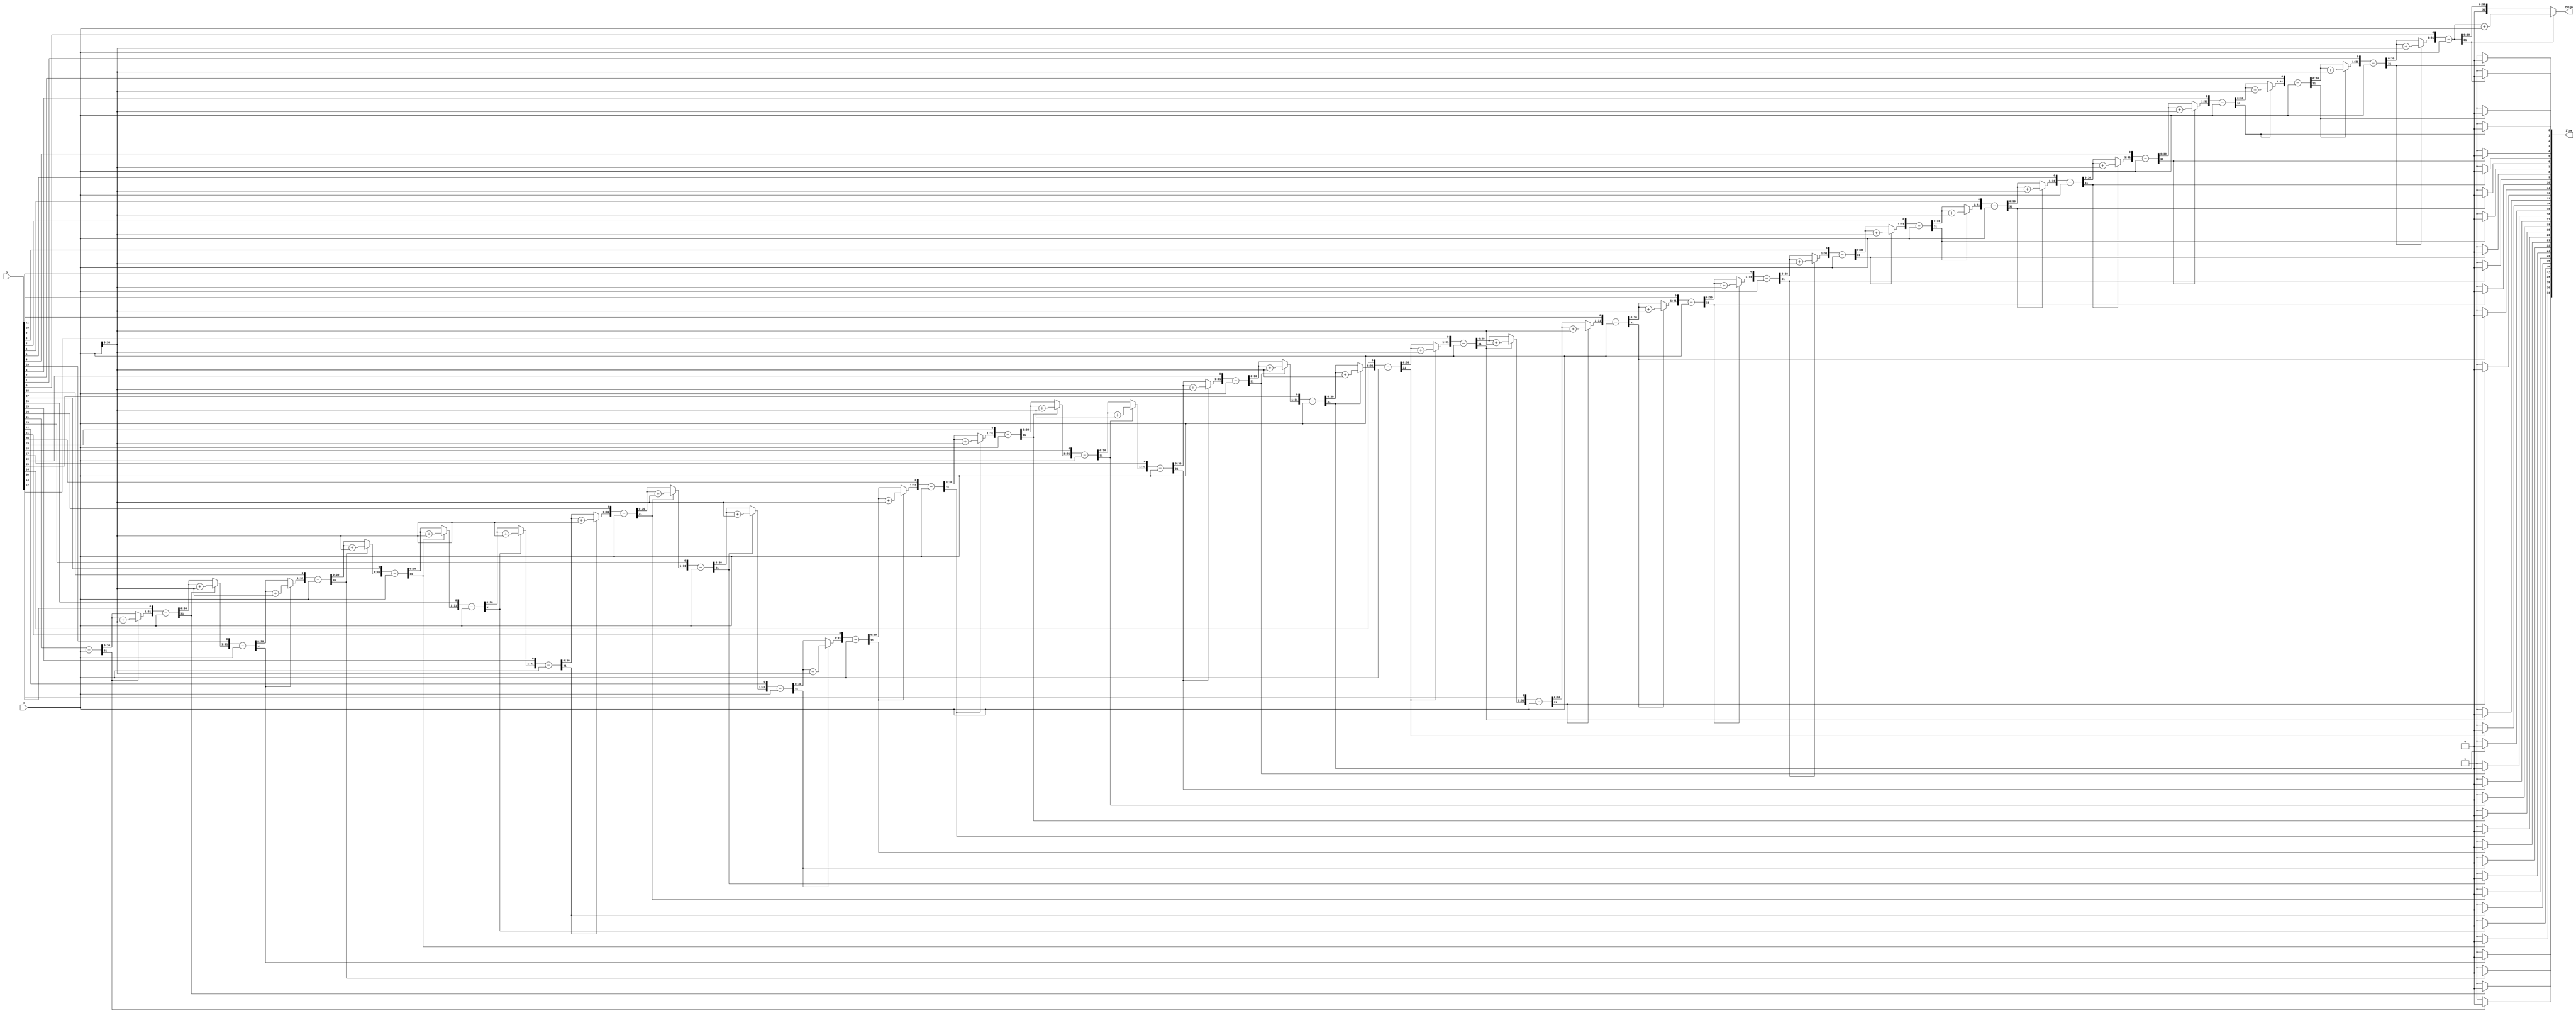
//Y / X
module DIV(
	input [31:0] x, y,
	output [31:0] Zlow, Zhigh);

reg [5:0] i;
reg [64:0] A;
reg [32:0] M;

always @(x or y) begin
	//Initialize the lowest 32 bits of a to be the dividend of the division and the upper 32 bits to be 0
	A[31:0] = y;
	A[64:32] = 0;
	M[31:0] = x;

	//Loop through for the entire length of the dividend
	for(i=0; i<32; i=i+1) begin
		//Sign extend the divisor by one bit to perform add/subtract with upper 33 bits of A
		M[32] = M[31];
		//Shift A and Q (Q wraps into least significant bit of A)
		A = A << 1;
		//Subtract M
		A[64:32] = A[64:32] - x;
		//If A is negative (1 in most significant bit) restore A[63:32] (add M back to it)
		if (A[63] == 1) begin 
			A[0] = 0;
			A[64:32] = A[64:32] + M;
		//If A is positive (0 in the most significant bit) don't restore A
		end else if (A[63] == 0) begin
			A[0] = 1;
		end
	end
end

//Append the least significant 32 bits of A (the quotient) to Zlow for output and the most significant 32 bits of A (the remainder) to Zhigh for output
assign Zlow = A[31:0];
assign Zhigh = A[63:32];

endmodule